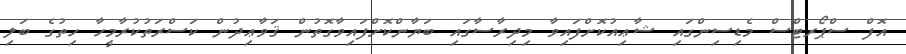
އޮފް ސްޕޯރޓްސް މެޑިސިންގައި ޝާޢިއުކޮށްފައިވާ މިދިރާސާގައި ބަޔާންކޮށްފައިވާގޮތުން ޤަވާޢިދުން ކަސްރަތުކުރާމީހާ ހިތުގެ ބަލި